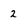
Character: 2